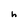
Character: h